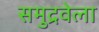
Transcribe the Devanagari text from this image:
समुद्रवेला